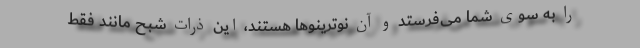
را به سوی شما می‌فرستد و آن نوترینوها هستند، این ذرات شبح مانند فقط